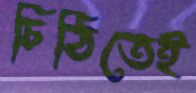
চিঠিতেই